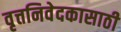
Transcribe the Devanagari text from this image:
वृत्तनिवेदकासाठी